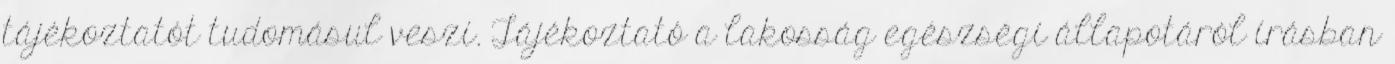
tájékoztatót tudomásul veszi. Tájékoztató a lakosság egészségi állapotáról írásban